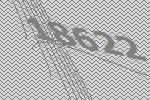
18622